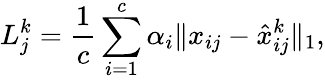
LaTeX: L_{j}^{k}=\frac{1}{c}\sum_{i=1}^{c}\alpha_{i}\Vert x_{ij}-\hat{x}_{ij}^{k}\Vert_{1},